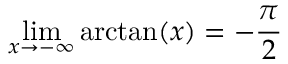
\operatorname* { l i m } _ { x \rightarrow - \infty } \arctan ( x ) = - { \frac { \pi } { 2 } }